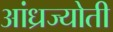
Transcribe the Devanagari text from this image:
आंध्रज्योती